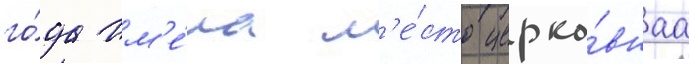
го́да им'е́ла м'е́сто церко́внаа